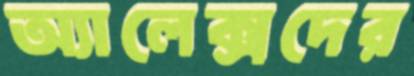
অ্যালেক্সদের